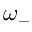
\omega _ { - }